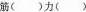
正()危坐